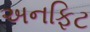
અનફિટ